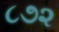
૮૭૨